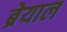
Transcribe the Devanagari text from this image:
ब्रेयाल